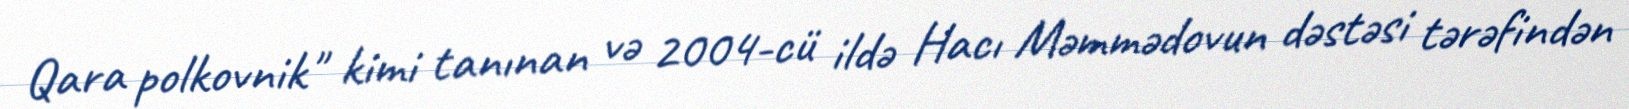
Qara polkovnik" kimi tanınan və 2004-cü ildə Hacı Məmmədovun dəstəsi tərəfindən